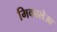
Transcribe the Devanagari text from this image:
मिकालेआ